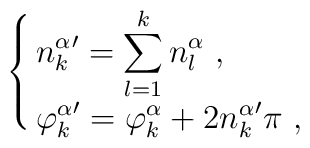
\cases{    \displaystyle    {n_k^\alpha}^\prime =    \sum^k_{l=1}n_l^\alpha\ ,\cr    \displaystyle    {\varphi_k^\alpha}^\prime =    \varphi_k^\alpha+2{n_k^\alpha}^\prime\pi\ ,\cr}